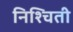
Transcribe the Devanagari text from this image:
निश्‍चिती